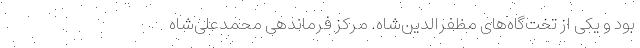
بود و یکی از تخت‌گاه‌های مظفرالدین‌شاه. مرکز فرماندهی محمدعلی‌شاه